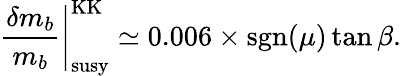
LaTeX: \left.\frac{\delta m_{b}}{m_{b}}\right|_{\mathrm{susy}}^{\mathrm{KK}}\simeq 0.006\times\mathrm{sgn}(\mu)\tan\beta.